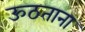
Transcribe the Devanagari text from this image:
ऊठताना